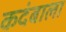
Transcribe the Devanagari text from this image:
कदंबाला